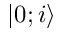
| 0 ; i \rangle